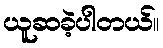
ယူဆခဲ့ပါတယ်။